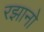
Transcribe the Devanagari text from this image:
रझानो